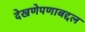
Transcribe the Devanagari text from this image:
देखणेपणाबद्दल